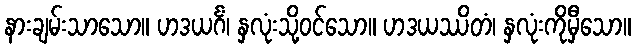
နားချမ်းသာသော။ ဟဒယင်္ဂံ၊ နှလုံးသို့ဝင်သော။ ဟဒယဿိတံ၊ နှလုံးကိုမှီသော။